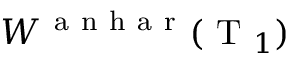
W ^ { \mathrm { ~ a ~ n ~ h ~ a ~ r ~ } } ( \mathrm { ~ T ~ } _ { 1 } )